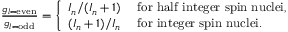
\begin{array} { r } { \frac { g _ { l = \mathrm { e v e n } } } { g _ { l = \mathrm { o d d } } } = \left\{ \begin{array} { l l } { I _ { n } / ( I _ { n } + 1 ) } & { \mathrm { ~ f o r ~ h a l f ~ i n t e g e r ~ s p i n ~ n u c l e i , } } \\ { ( I _ { n } + 1 ) / I _ { n } } & { \mathrm { ~ f o r ~ i n t e g e r ~ s p i n ~ n u c l e i . } } \end{array} \right. } \end{array}